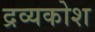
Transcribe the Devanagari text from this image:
द्रव्यकोश